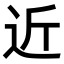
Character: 近